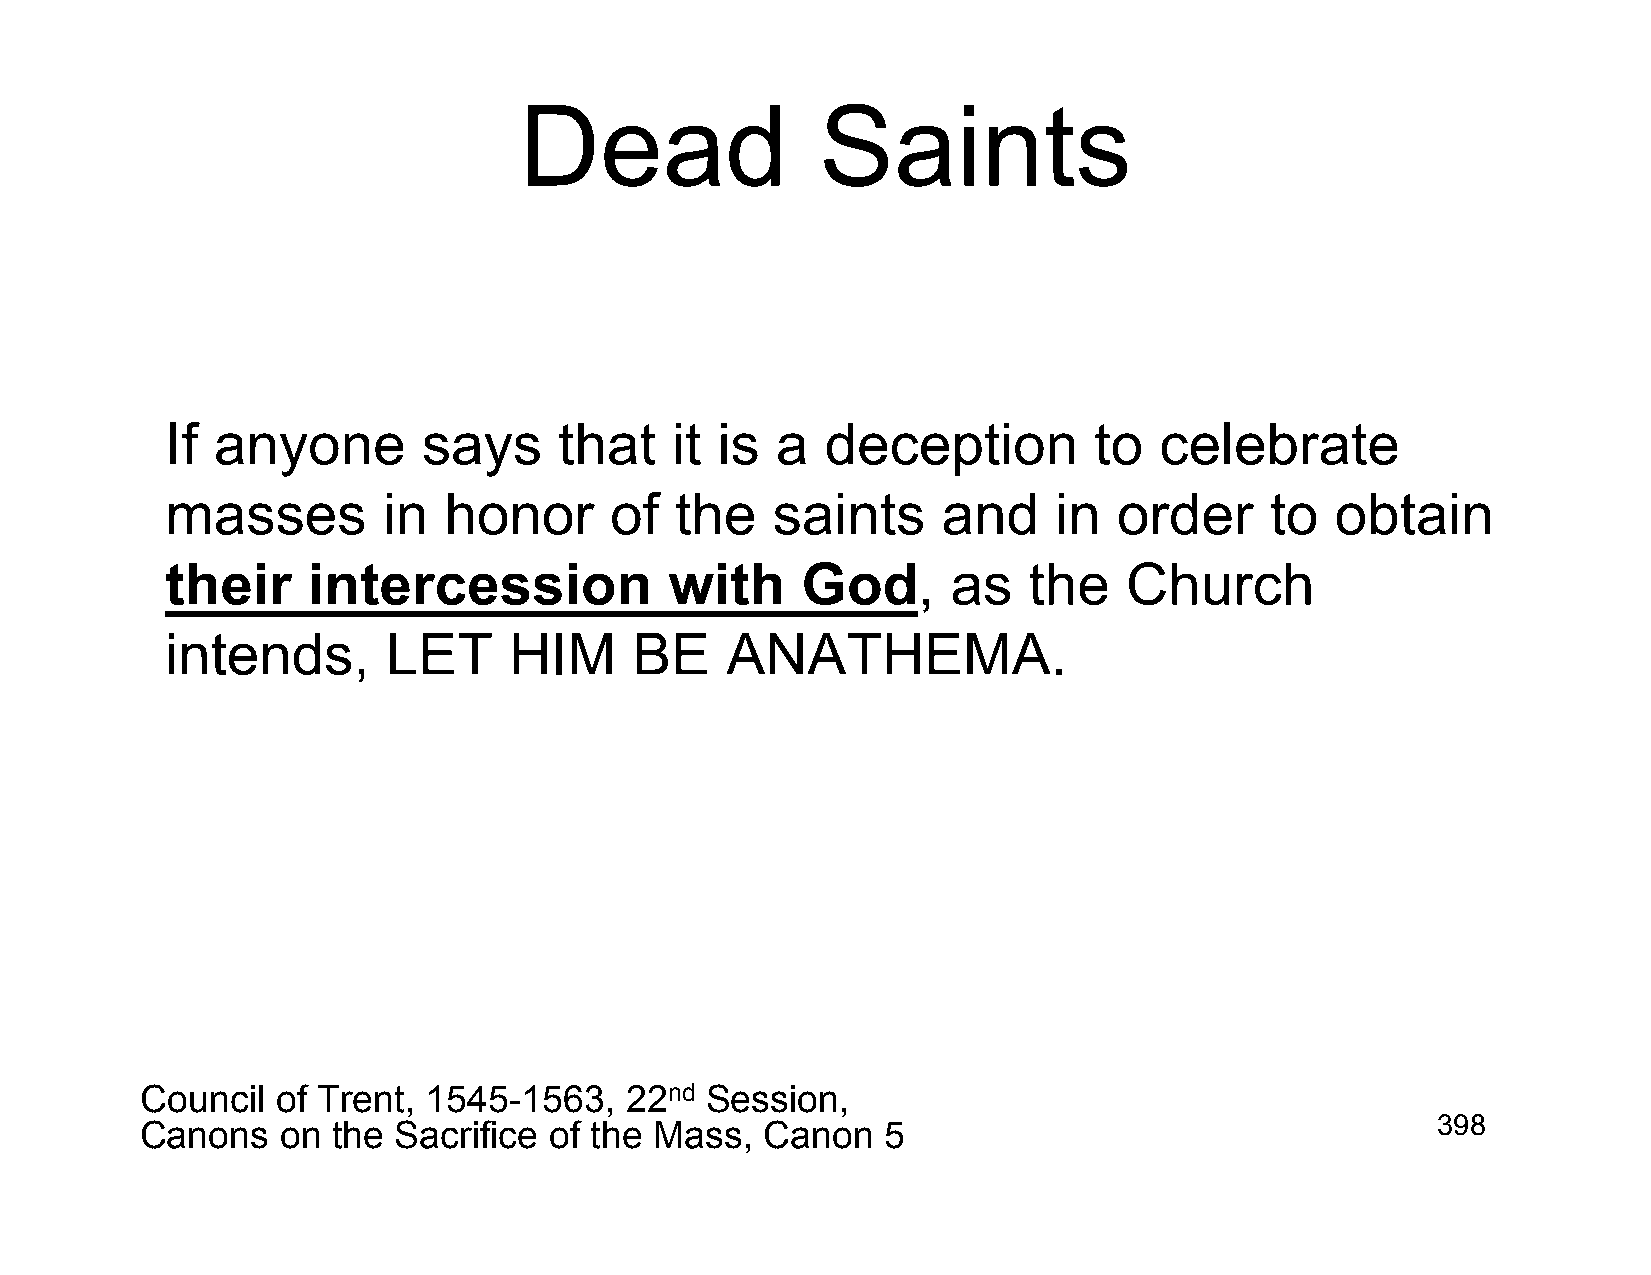
Dead                Saints
 If anyone        says     that   it is  a   deception        to   celebrate
 masses        in  honor      of   the   saints     and     in  order     to  obtain
 their    intercession            with     God,      as   the    Church
 intends,       LET     HIM     BE    ANATHEMA.
 Council  of Trent, 1545-1563,   22nd  Session,
 Canons    on the Sacrifice of the Mass,   Canon   5                                   398